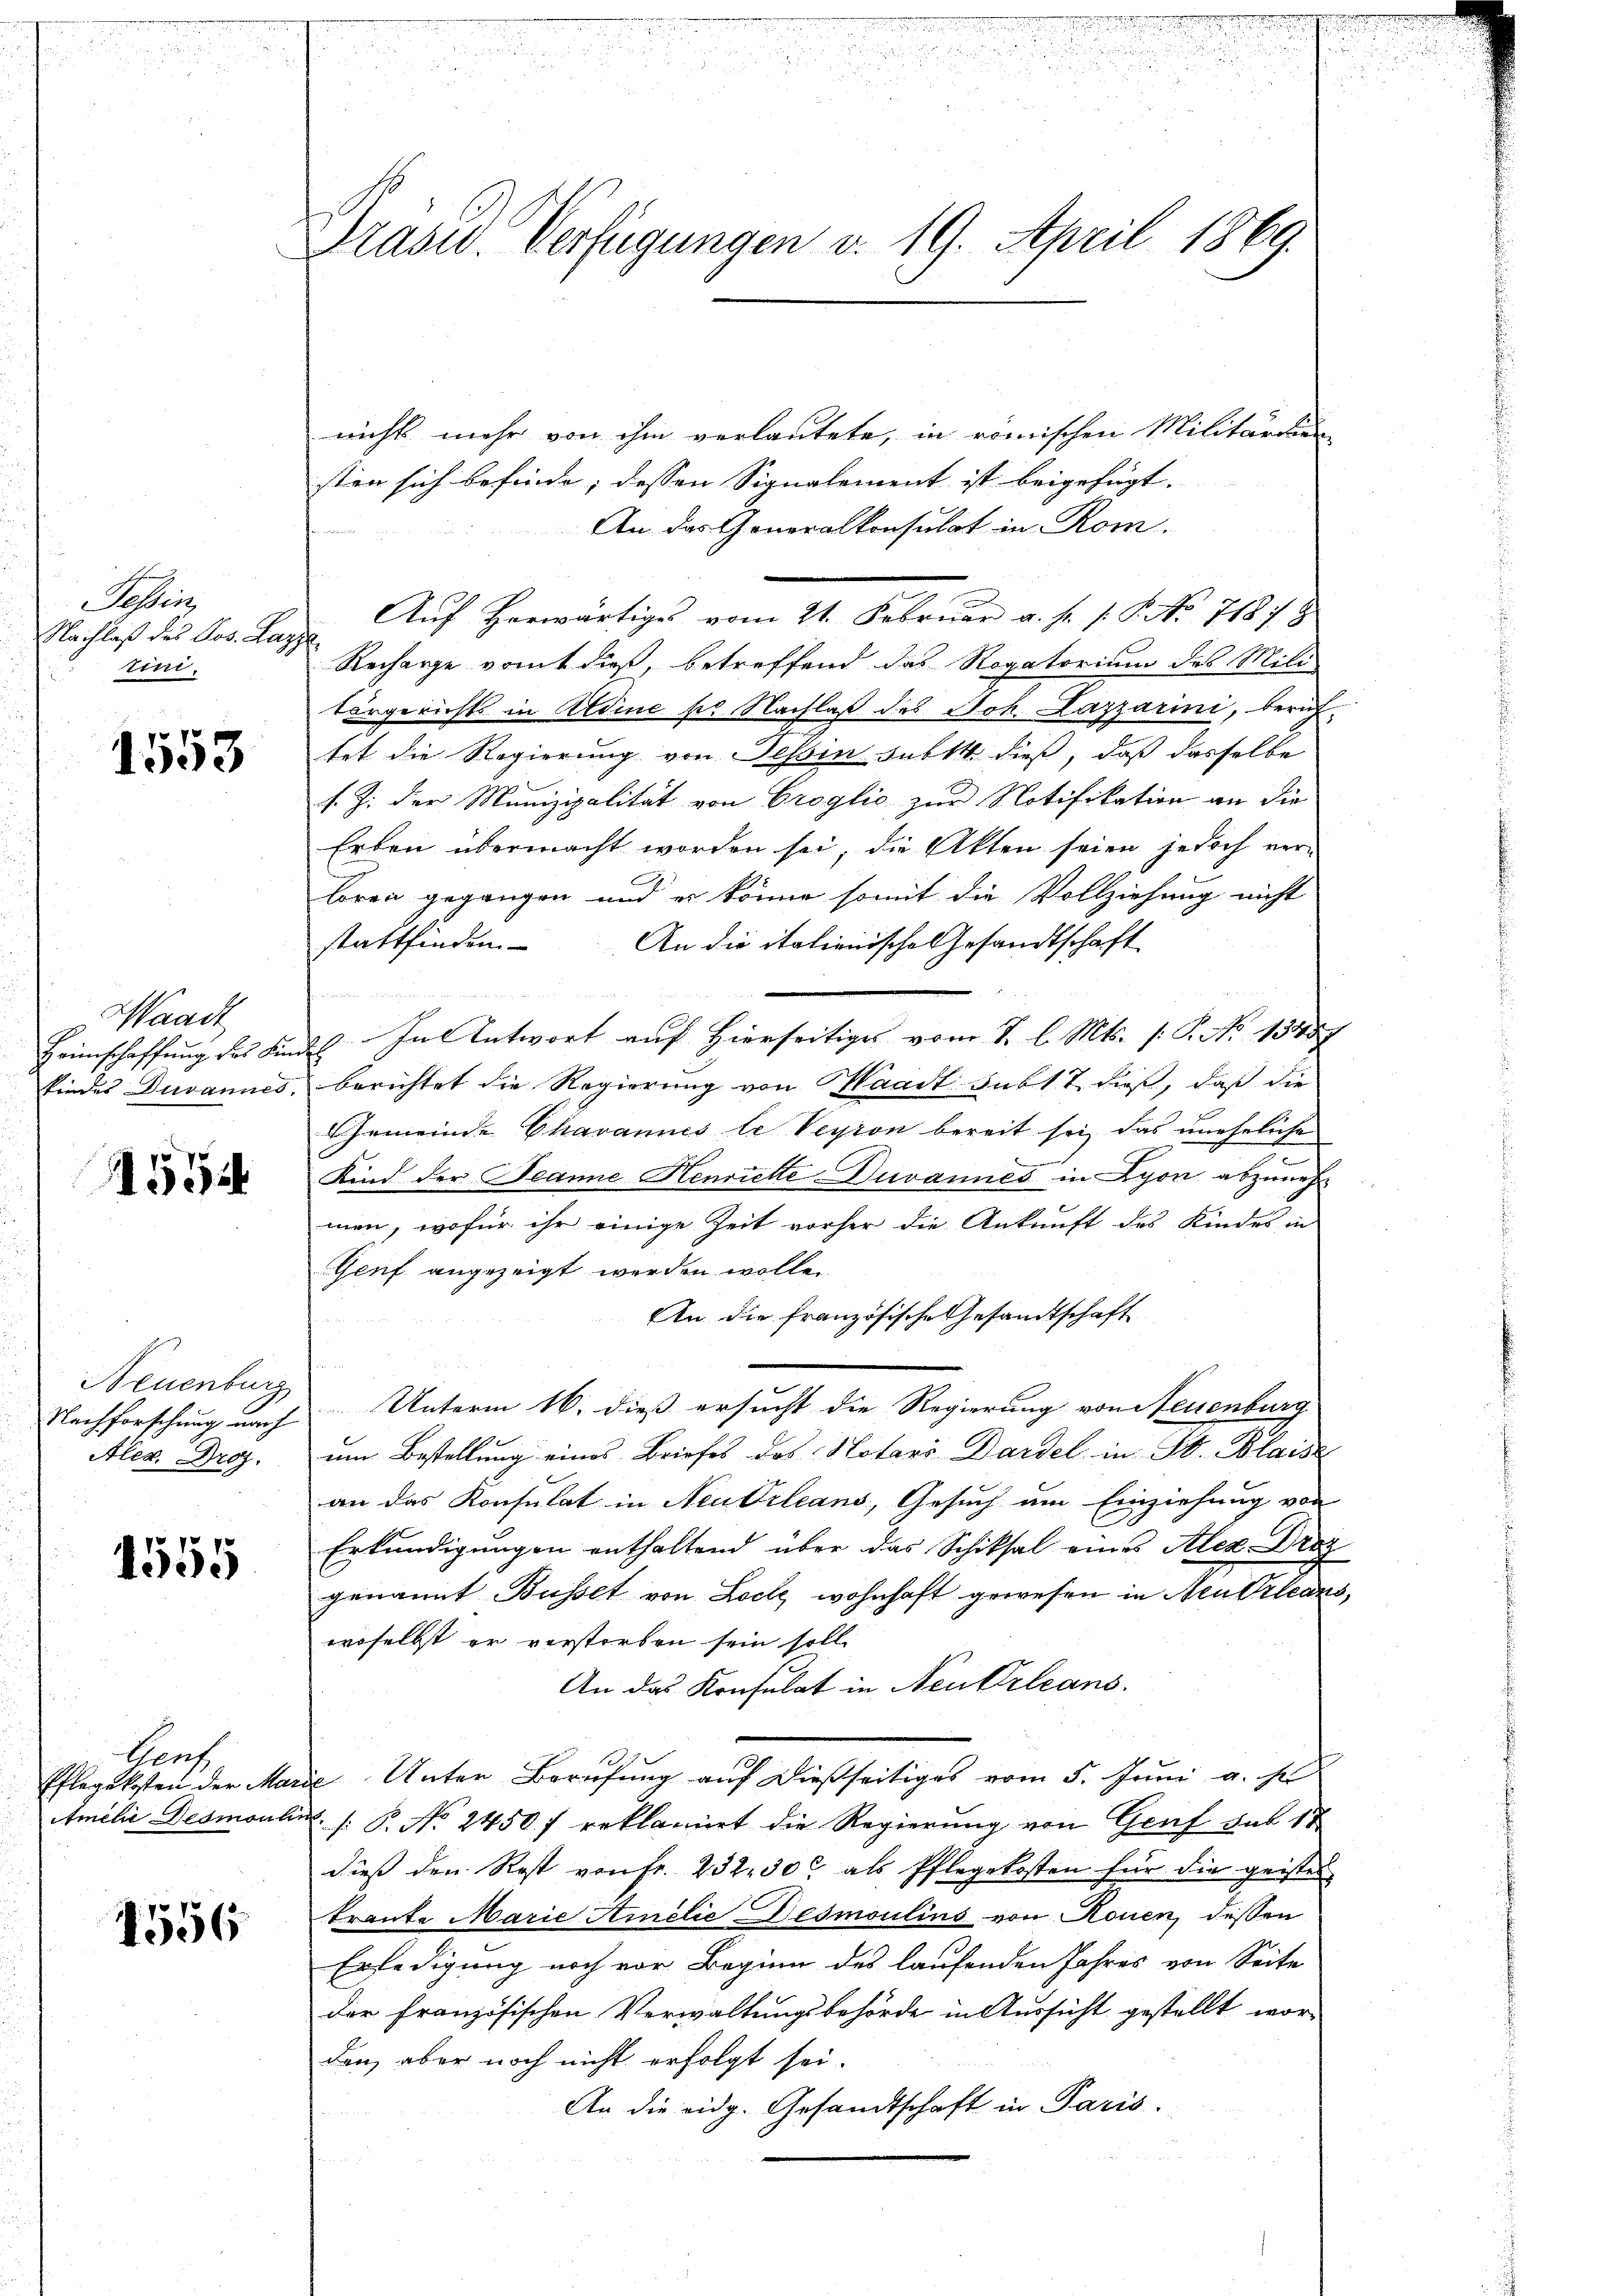
Dasei
Nachlaß des Jos. Lage
tini.

1553

Waadt
Heimschaffung des Fie
kindes Duvannes

1554

Neuenburg
Nachforschung nach
Alex. Droz.

1555

Gent,
Pflegekosten der Ma
Amilie Dedmont

1556

e

.
m

n

.

r

e

Prasw. Verfügungen d. 19. April 1869.

nicht mehr von ihm verlautete, in römischen Militärdien
sten sich befinde; dessen Signalement ist beigefügt. |
An das Generalkonsulat in Rom.
Aŭf Horwärtiges vom 21. Febrŭar a. f. P.P. No 7181. 8
Recharge vomt dieß, betreffend das Rogatorium des Mili
törgericht in Aldine pr. Nachlaß des Joh. Lazzarini, beruf-
tet die Regierung von Tessin subst dieß, daß dasselbe
s. Z. der Munizipalität von Croglio zur Notifikation an die
Erben übermacht worden sei, die Akten seien jedoch verloren gegangen und er könne somit die Vollziehung nicht
stattfinden.
An die italienische Gesandtschaft

ds In Antwort auf Hierseitiges vom 1. l. Mts. s. S. Nr. 1345
berichtet die Regierung von Waadt Subst dieß, daß die
Gemeinde Chavannes le Version bereit sei, das unehelichen
Kind der Jeanne Henriete Duvannes in Lyon abzunehmen, wofür ihr einige Zeit vorher die Ankunft des Kindes in
Genf angezeigt werden wolle.
An die französische Gesandtschaft
Unterm 16. dieß ersucht die Regierung von Neuenburg
um Bestellung eines Briefes des Notari Dardel in St. Blais
an das Konsulat in Neudrleans, Gesuch um Einziehung von
Erkundigungen enthaltend über das Schiksal eines Alex. Droz
genannt Busset von Loch wohnhaft gewesen in Neu Orleans
woselbst er verstorben sein soll.
An das Konsulat in Neukrleans
 Unter Berufung auf dießseitiges vom 5. Juni a. s
 : P. No. 2450 f erklamiert die Regierung von Graf das 18
dieß den Rest von fr. 232. 300 als Pflegekosten für die geistes
trante Marie Amelić Desmoulins von Rouen, dessen
Erledigung noch vor Beginn des laufenden Jahres von Seite
der französischen Verwaltungsbehörde in Aussicht gestellt wor-
den, aber noch nicht erfolgt sei.
An die eidg. Gesandtschaft in Paris.

a